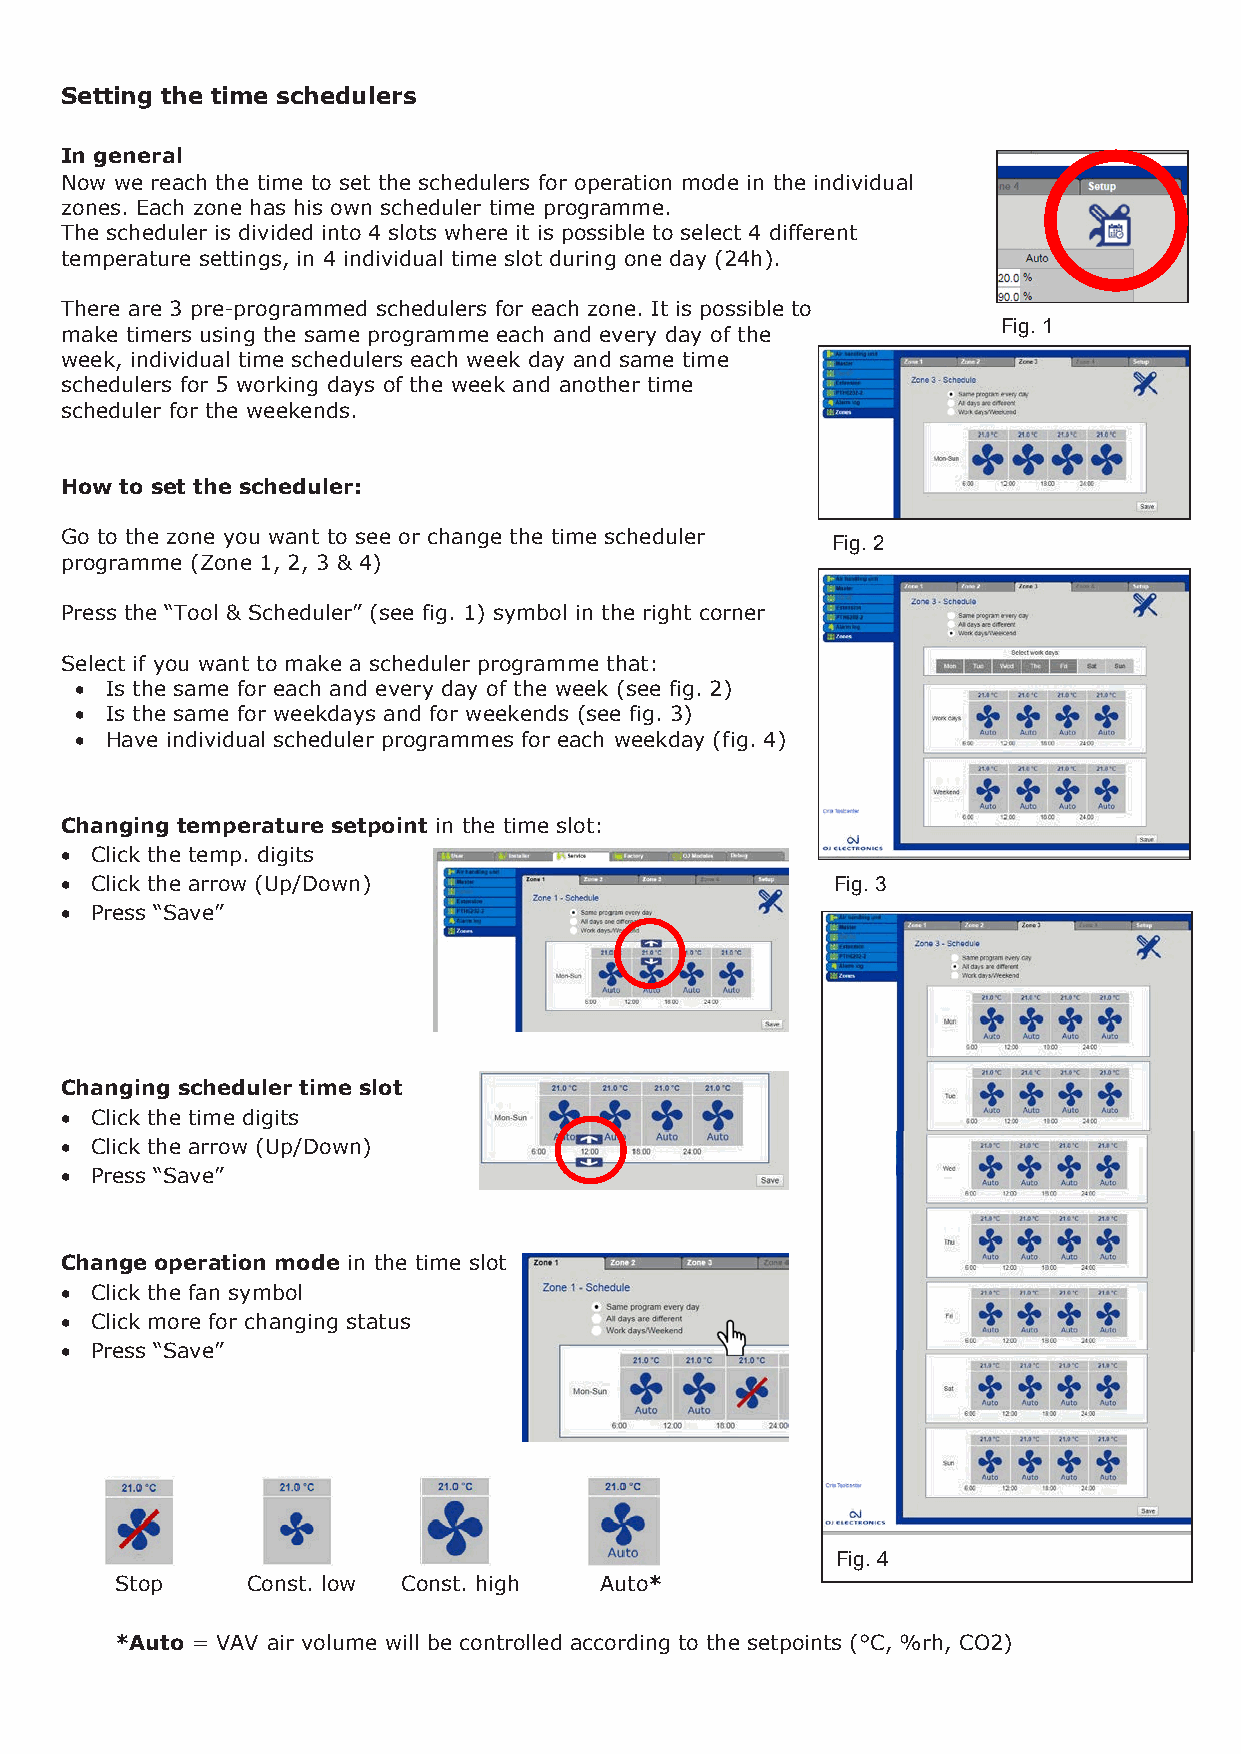
Setting the time schedulers
 In general
 Now we reach the time to set the schedulers for operation mode in the individual
 zones. Each zone has his own scheduler time programme.
 The scheduler is divided into 4 slots where it is possible to select 4 different
 temperature settings, in 4 individual time slot during one day (24h).
 There are 3 pre-programmed schedulers for each zone. It is possible to
 Fig. 1
 make timers using the same programme each and every day of the
 week, individual time schedulers each week day and same time
 schedulers for 5 working days of the week and another time
 scheduler for the weekends.
 How to set the scheduler:
 Go to the zone you want to see or change the time scheduler
 Fig. 2
 programme (Zone 1, 2, 3 & 4)
 Press the “Tool & Scheduler” (see fig. 1) symbol in the right corner
 Select if you want to make a scheduler programme that:
 • Is the same for each and every day of the week (see fig. 2)
 • Is the same for weekdays and for weekends (see fig. 3)
 • Have individual scheduler programmes for each weekday (fig. 4)
 Changing temperature setpoint in the time slot:
 • Click the temp. digits
 • Click the arrow (Up/Down)                        Fig. 3
 • Press “Save”
 Changing scheduler time slot
 • Click the time digits
 • Click the arrow (Up/Down)
 • Press “Save”
 Change operation mode in the time slot
 • Click the fan symbol
 • Click more for changing status
 • Press “Save”
 Fig. 4
 Stop    Const. low Const. high  Auto*
 *Auto = VAV air volume will be controlled according to the setpoints (°C, %rh, CO2)